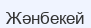
Жәнбекей